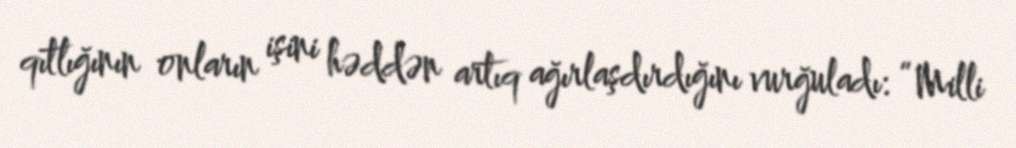
qıtlığının onların işini həddən artıq ağırlaşdırdığını vurğuladı: “Milli